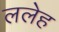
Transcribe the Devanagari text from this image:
ललेह